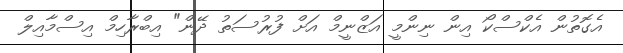
އެގޮތުން އެކްސްކޯ އިން ނިންމީ އަޒްނީމް އަށް ފުރުސަތު ދޭން" އިބްރާހިމް އިސްމާއިލް